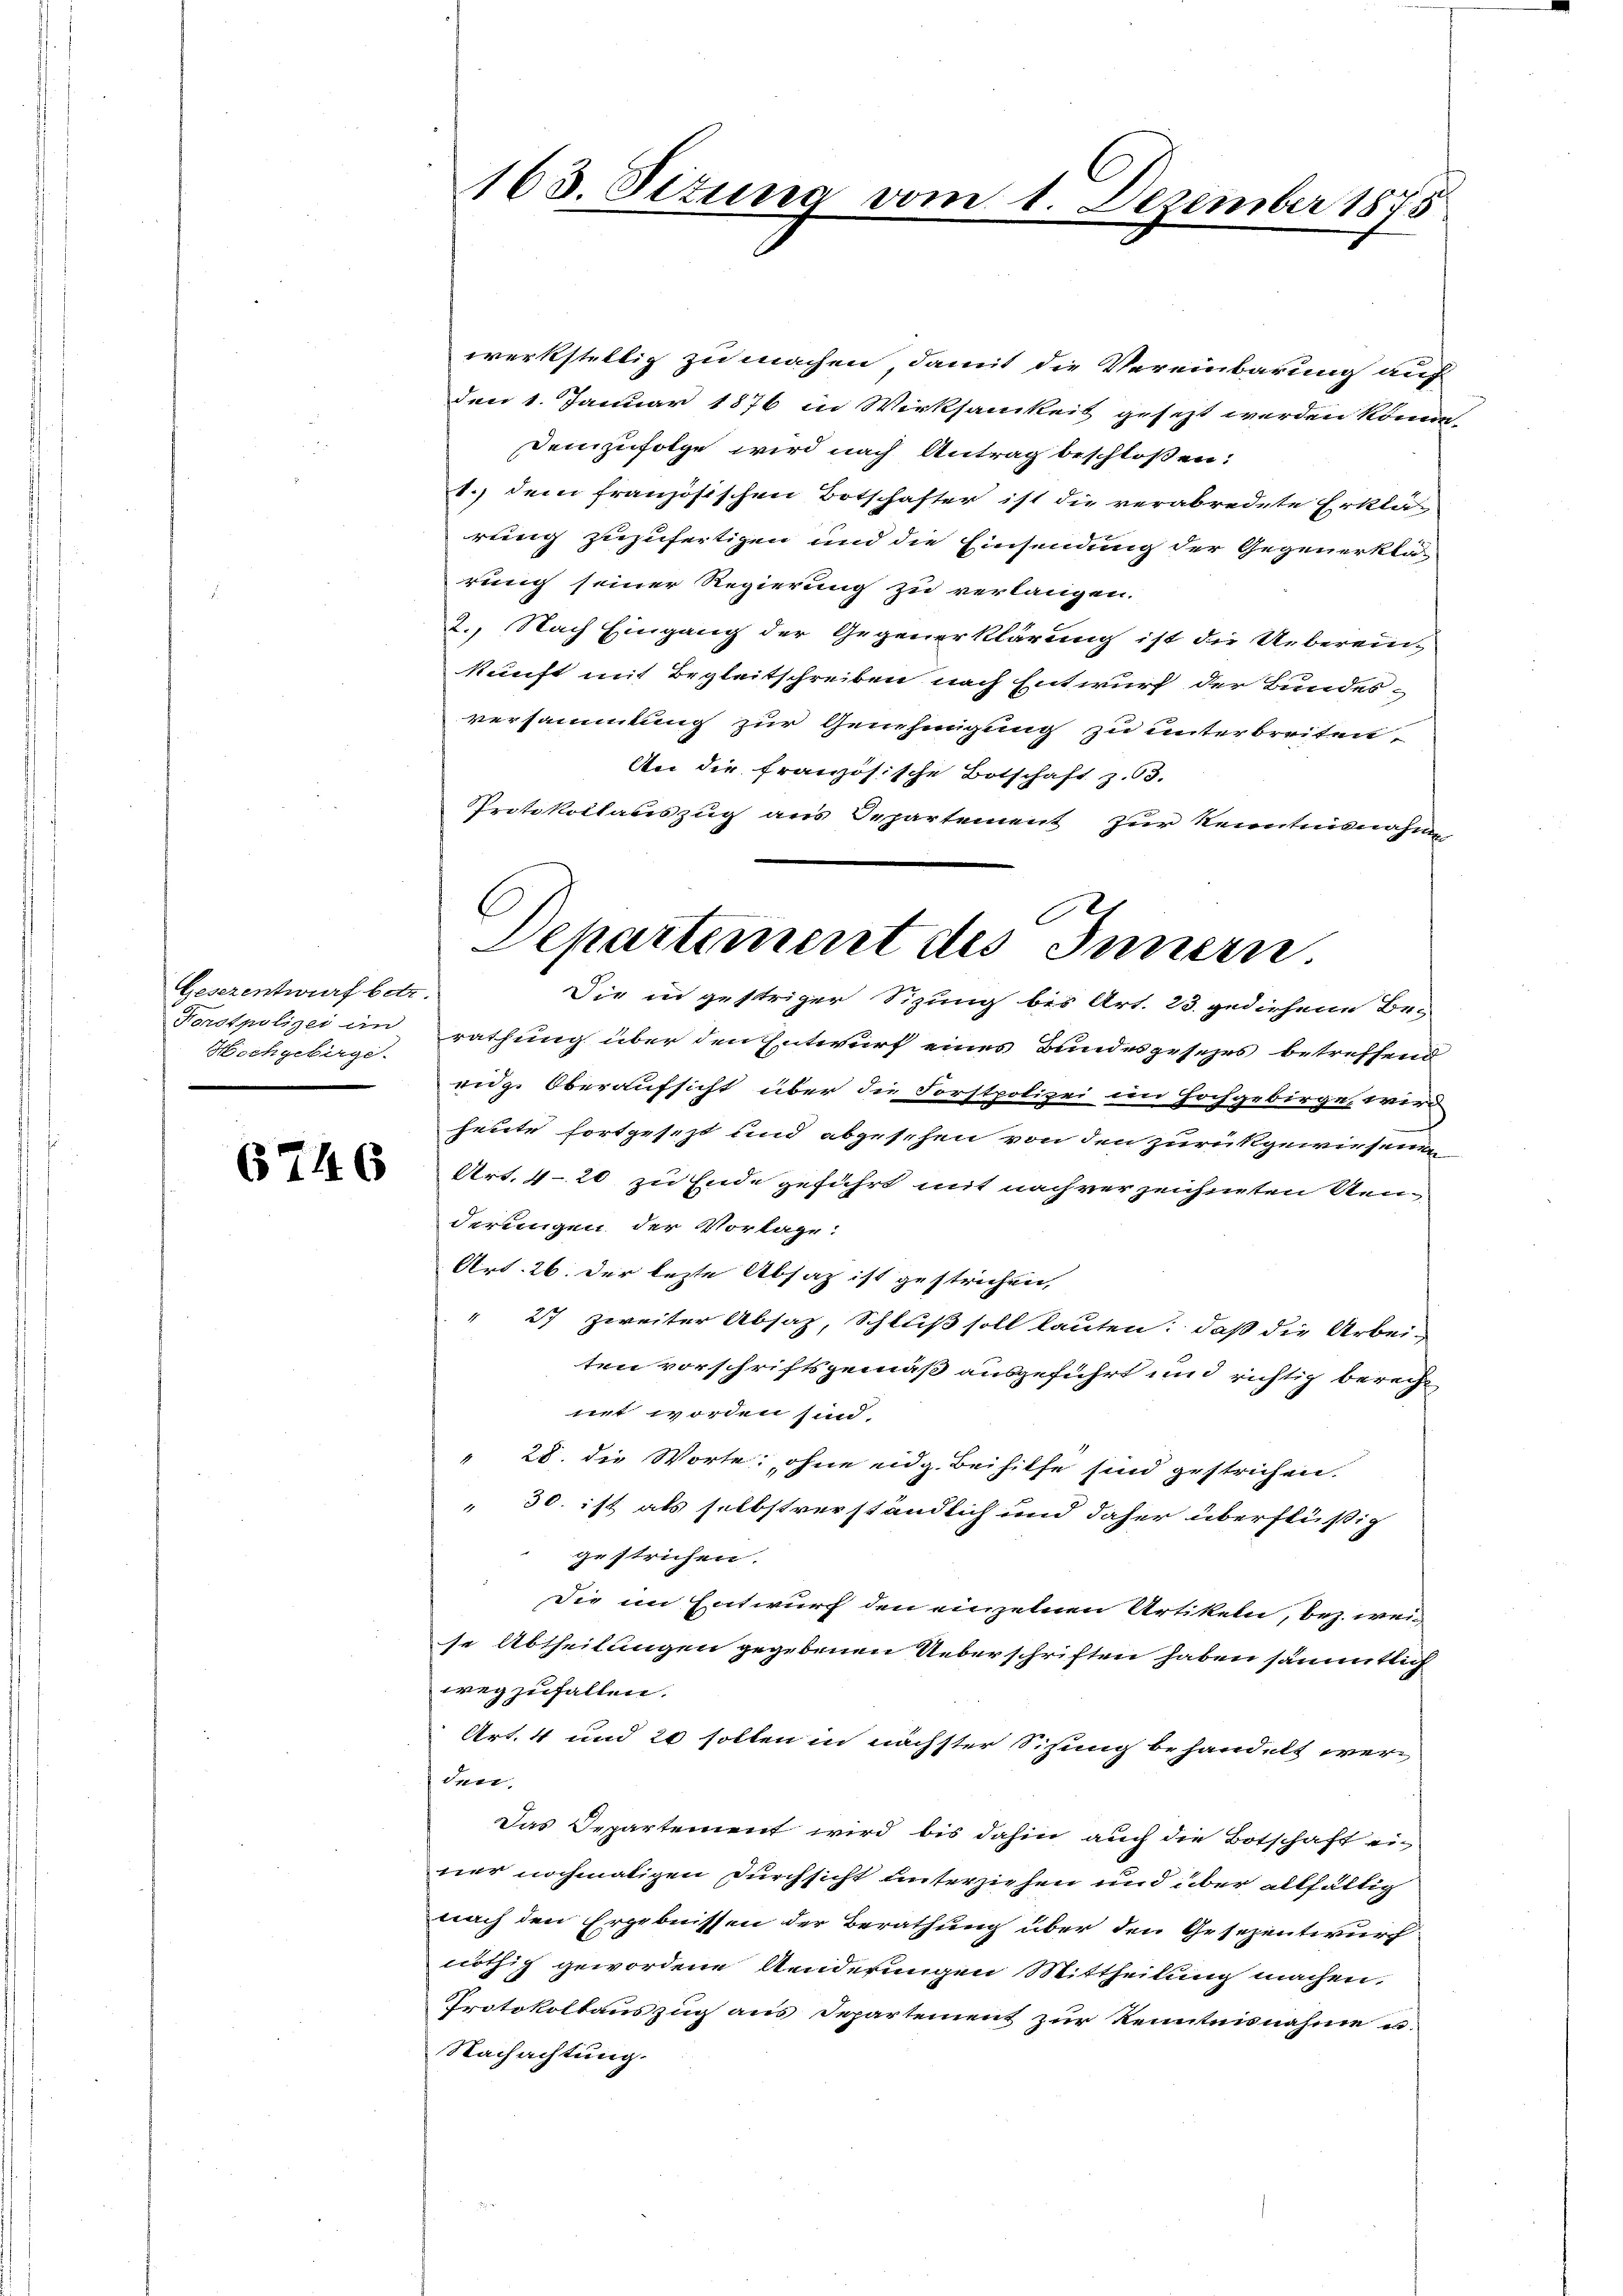
Gesezentwurf betr.
Forstpolizei an
Hochgebirge.

6746

163. Titung vom 1. Dezember 1875

werkstellig zu machen, damit die Vereinbarung auf
den 1. Januar 1876 in Wirksamkeit gesezt werden könne.
demzufolge wird nach Antrag beschloßen:
1.) Dem französischen Botschafter ist die verabredete Erklärung zuzufertigen und die Einsendung der Gegenerklä-
rung seiner Regierung zu verlangen.
2., Nach Eingang der Gegenerklärung ist die Ueberein
kunft mit Begleitschreiben nach Entwurf der Bundesversammlung zur Genehmigung zu unterbreiten.
An die französische Botschaft z. 63.
Protokollauszug aus Departement zur Kenntnisnahmen
Die in gestriger Sitzung bis Art. 23. gediehene Be-
rathung über den Entwurf eines Bundesgesezes betreffend
eidg. Oberaufsicht über die Forstpolizei im Hochgebirge, wird
heute fortgesezt und abgesehen von den zurückgewiesenden
Art. 420 zu Ende geführt mit nach verzeichneten Senderungen der Vorlage:
Art. 26. Der lezte Absatz ist gestrichen,
" 27 zweiter Absaz, Schluß soll lauten: daß die Arbeiten vorschriftsgemäß ausgeführt und richtig berecht
net worden sind.
28. die Worte, ohne idg. Beihitte sind gestrichen.
 30. ist als selbstverständlich und daher überflüßig
gestrichen.
Die im Entwurf den einzelnen Artikeln, bez. wei
se Abtheilungen gegebenen Ueberschriften haben sämmtlich
wegzufallen.
Art. 4 und 20 sollen in nächster Situng behandelt werder.
Das Departement wird bis dahin auch die Botschaft einer nochmaligen Durchsicht unterziehen und über allfällig
nach den Ergebnissen der Berathung über den Gesezentwurf
nöthig gewordene Anderungen Mittheilung machen.
Protokollauszug aus Departement zur Kenntnisnahme u.
Nachachtung.

.
Departement des Innern